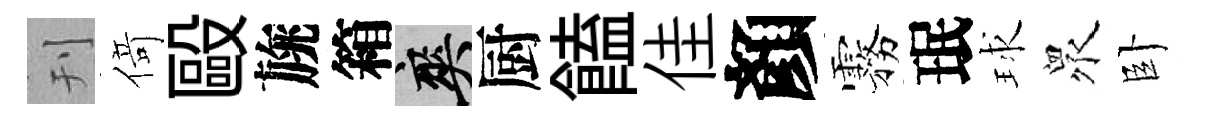
刊𠋣毆旐箱爽厨饁佳顏霧珉球衆卧